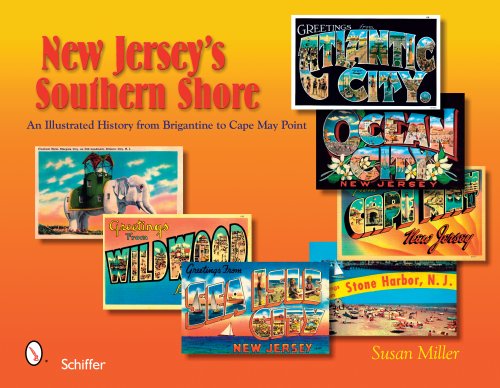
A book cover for New Jersey's Southern Shore: An Illustrated History from Brigantine to Cape May Point; Susan Miller; Travel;